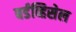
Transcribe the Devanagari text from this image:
बर्डव्हिसेल